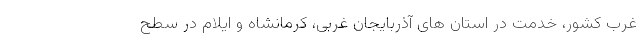
غرب کشور، خدمت در استان های آذربایجان غربی، کرمانشاه و ایلام در سطح